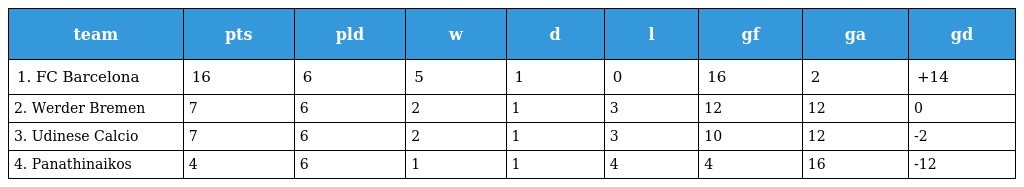
| team | pts | pld | w | d | l | gf | ga | gd |
 | --- | --- | --- | --- | --- | --- | --- | --- | --- |
 | 1. FC Barcelona | 16 | 6 | 5 | 1 | 0 | 16 | 2 | +14 |
 | 2. Werder Bremen | 7 | 6 | 2 | 1 | 3 | 12 | 12 | 0 |
 | 3. Udinese Calcio | 7 | 6 | 2 | 1 | 3 | 10 | 12 | -2 |
 | 4. Panathinaikos | 4 | 6 | 1 | 1 | 4 | 4 | 16 | -12 |